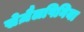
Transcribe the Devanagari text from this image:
सेज़ैलपिनिया